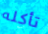
تأكله